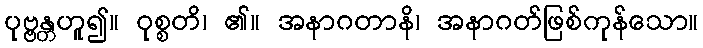
ပုဗ္ဗန္တဟူ၍။ ဝုစ္စတိ၊ ၏။ အနာဂတာနိ၊ အနာဂတ်ဖြစ်ကုန်သော။